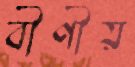
বীণীয়